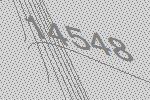
14548